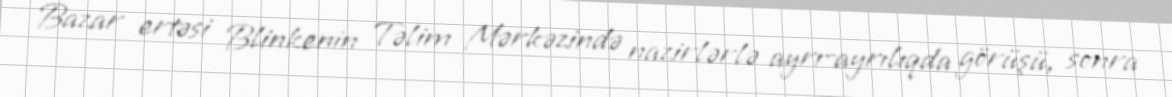
Bazar ertəsi Blinkenin Təlim Mərkəzində nazirlərlə ayrı-ayrılıqda görüşü, sonra